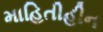
માહિતીહીન